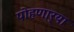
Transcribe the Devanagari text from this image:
पोहणार्‍या